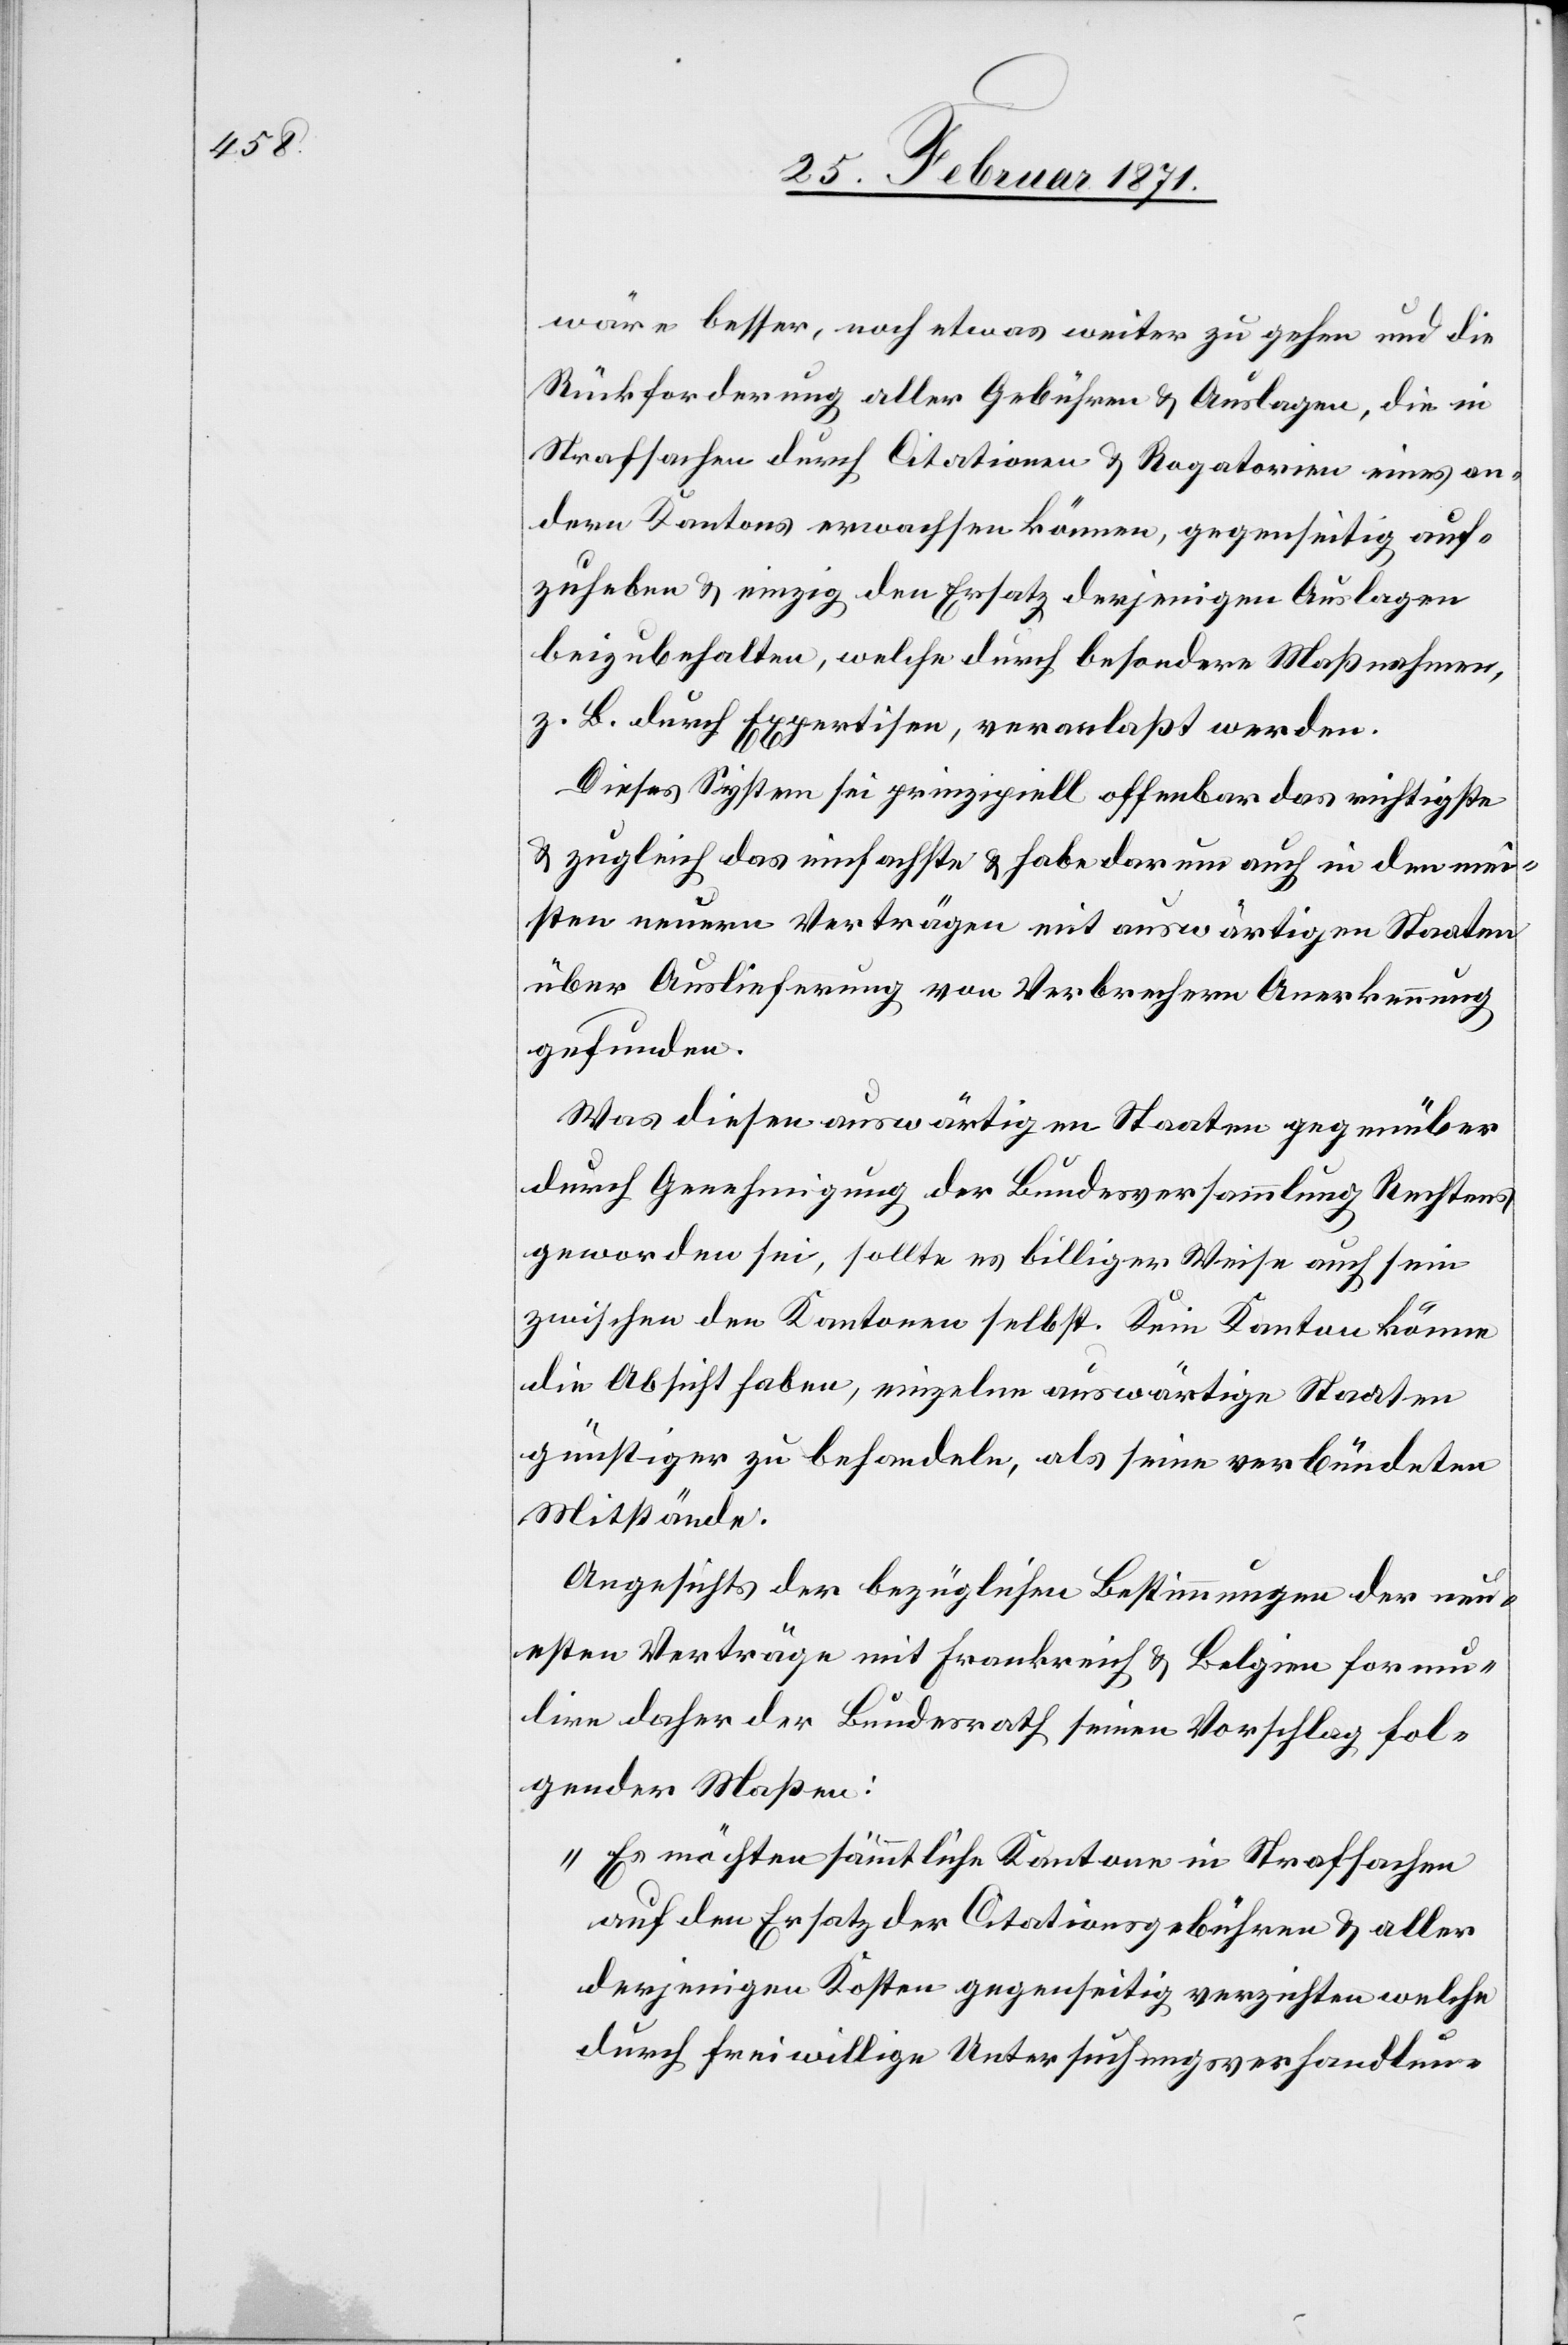
wäre besser, noch etwas weiter zu gehen und die
Rückforderung aller Gebühren u. Auslagen, die in
Strafsachen durch Citationen u. Rogatorien eines an¬
dern Kantons erwachsen können, gegenseitig auf¬
zuhaben u. einzig den Ersatz derjenigen Auslagen
beizubehalten, welche durch besondere Maßnahmen,
z. B. durch Expertisen, veranlaßt werden.
Dieses System sei prinzipiell offenbar das richtigste
u. zugleich das einfachste u. habe darum auch in den mei¬
sten neuern Verträgen mit auswärtigen Staaten
über Auslieferung von Verbrechern Anerkennung
gefunden.
Was diesen auswärtigen Staaten gegenüber
durch Genehmigung der Bundesversammlung Rechtens
geworden sei, sollte es billiger Weise auch sein
zwischen den Kantonen selbst. Kein Kanton könne
die Absicht haben, einzelne auswärtige Staaten
günstiger zu behandeln, als seine verbündeten
Mitstände.
Angesichts der bezüglichen Bestimmungen der neu¬
esten Verträge mit Frankreich u. Belgien formu¬
lirt daher der Bundesrath seinen Vorschlag fol¬
gender Maßen:
„Es möchten sämmtliche Kantone in Strafsachen
auf den Ersatz der Citationsgebühren u. aller
derjenigen Kosten gegenseitig verzichten welche
durch freiwillige Untersuchungsverhandlun-